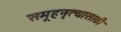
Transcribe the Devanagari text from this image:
समूहनृत्यासाठी